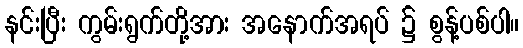
နင်းပြီး ကွမ်းရွက်တို့အား အနောက်အရပ် ၌ စွန့်ပစ်ပါ။